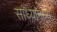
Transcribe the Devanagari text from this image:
सांध्यामध्ये